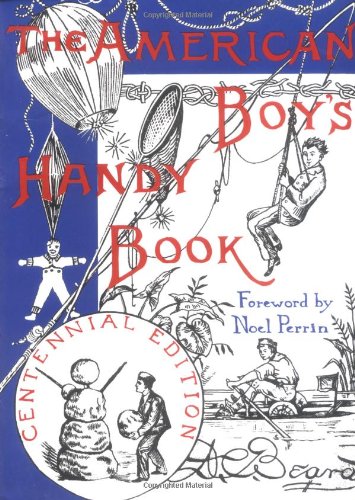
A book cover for The American Boy's Handy Book: What to Do and How to Do It, Centennial Edition; Daniel Carter Beard; Crafts, Hobbies & Home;